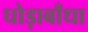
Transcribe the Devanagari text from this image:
घोड़ाबाँधा